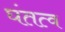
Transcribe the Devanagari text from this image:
घंतत्व